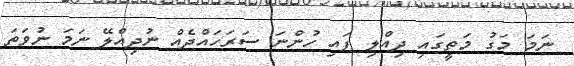
ނަމަ މަގު މަތީގައި ދިއްލި ފައި ހުންނަ ސަރަހައްދެއް ނުދިއްލޭ ނަމަ ނުވަތަ